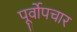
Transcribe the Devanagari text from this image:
पूर्वोपचार